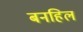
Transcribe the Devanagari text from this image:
बनहिल